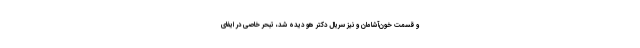
و قسمت خون‌آشامان و نیز سریال دکتر هو دیده شد، تبحر خاصی در ایفای